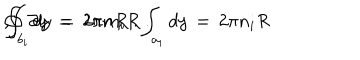
LaTeX: \oint \, \partial y \; = \; 2 \pi n R \; . \int _ { a _ { i } } d y \, = \, 2 \pi n _ { i } R \hspace { . 5 c m } , \hspace { . 5 c m } \int _ { b _ { i } } d y \, = \, 2 \pi m _ { i } R \; .